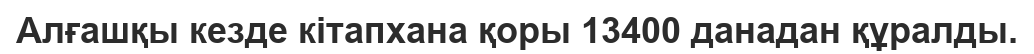
Алғашқы кезде кітапхана қоры 13400 данадан құралды.